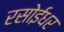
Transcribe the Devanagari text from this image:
रसोईधर